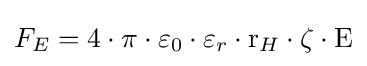
F_{E}=4\cdot \pi \cdot \varepsilon _{0}\cdot \varepsilon _{r}\cdot {\text{r}}_{H}\cdot \zeta \cdot {\text{E}}